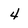
Character: 4